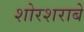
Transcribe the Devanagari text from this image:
शोरशराबे